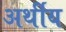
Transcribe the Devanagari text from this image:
अर्थीय